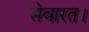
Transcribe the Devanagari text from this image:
सेवारत।